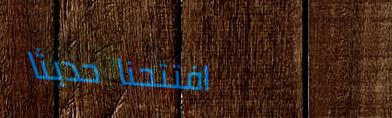
افتتحنا حديثاً